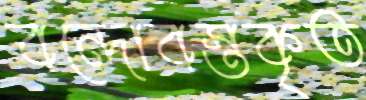
বন্দোবস্তকৃত